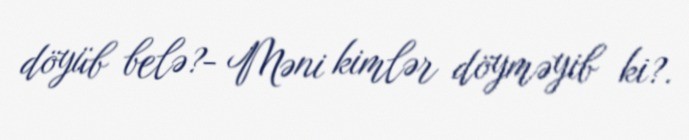
döyüb belə?- Məni kimlər döyməyib ki?.